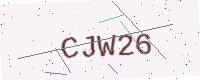
Text: CJW26